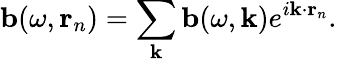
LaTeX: \mathbf{b}(\omega,\mathbf{r}_{n})=\sum_{\mathbf{k}}\mathbf{b}(\omega,\mathbf{k})e^{i\mathbf{k}\cdot\mathbf{r}_{n}}.